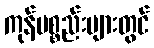
ကုန်ပစ္စည်းများတွင်